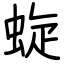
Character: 蜁